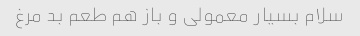
سلام بسیار معمولی و باز هم طعم بد مرغ